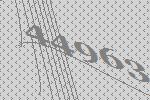
44963